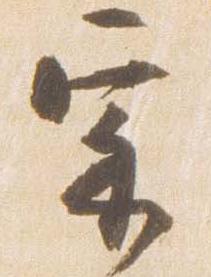
宗